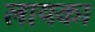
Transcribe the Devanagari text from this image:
लायका